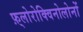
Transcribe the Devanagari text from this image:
फ़्लोरोक्विनोलोनों